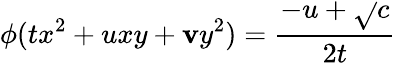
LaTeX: \phi(tx^{2}+uxy+\mathbf{v}y^{2})={\frac{{-u+{\sqrt{}{{c}}}}}{{2t}}}